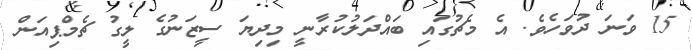
15 ވަނަ ދުވަހެވެ. އެ މެޗުގައި ބައްދަލުކުރާނީ މިދިޔަ ސީޒަނުގެ ލީގު ޗެމްޕިއަން